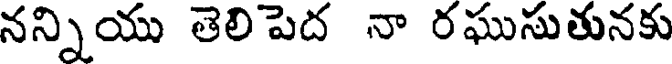
నన్నియు తెలిపెద నా రఘుసుతునకు